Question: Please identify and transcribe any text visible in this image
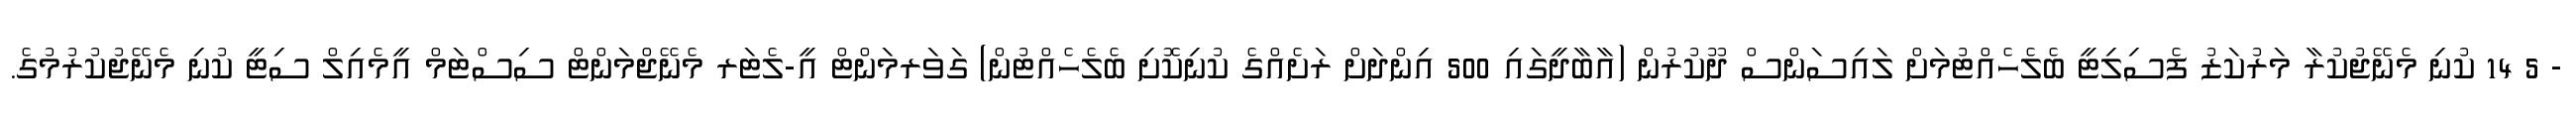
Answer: - 5 14 ކުނި މެނޭޖުކުރާ މަރުކަޒު ފެސިލިޓީ ބެލެހެއްޓުމަށް ލައިސަންސް ދޫކުރުން (އާބާދީގައި 500 އިންދަށް ރަށެއްގެ ކުނިކޮށި ބެލެހެއްޓުން) ގަވަރމަންޓް އީ-ލެޓަރ މެނޭޖްމަންޓް ސިސްޓަމް އީމެއިލް ސިޓީ ކުނި މެނޭޖުކުރުމުގެ.